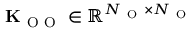
\mathbf { K } _ { \mathrm { ~ O ~ O ~ } } \in \mathbb { R } ^ { N _ { \mathrm { ~ O ~ } } \times N _ { \mathrm { ~ O ~ } } }